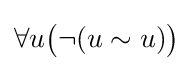
\forall u{\bigl (}\lnot (u\sim u){\bigr )}